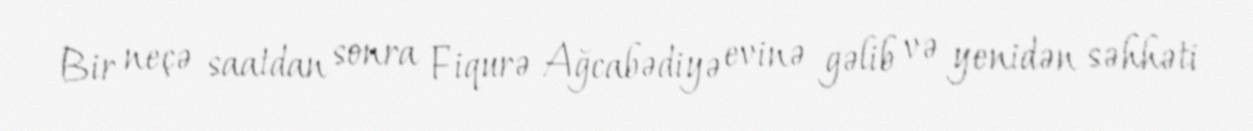
Bir neçə saatdan sonra Fiqurə Ağcabədiyə evinə gəlib və yenidən səhhəti